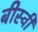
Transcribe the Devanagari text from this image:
बीस्वीं